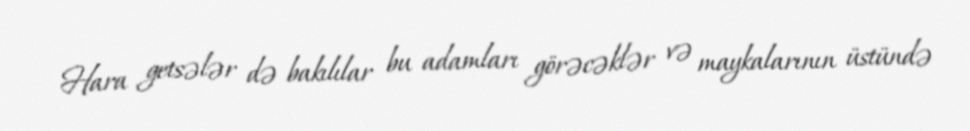
Hara getsələr də bakılılar bu adamları görəcəklər və maykalarının üstündə